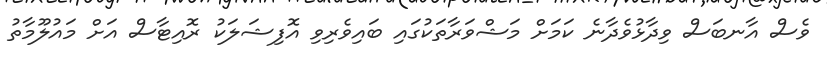
ވެސް އާނބަސް ވިދާޅުވެދާނެ ކަމަށް މަޝްވަރާތަކުގައި ބައިވެރިވި އޮފިޝަލަކު ރޮއިޓާސް އަށް މައުލޫމާތު